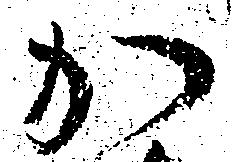
か